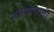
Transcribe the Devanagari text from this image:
नर्मदाघाटी